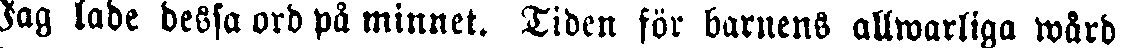
Jag lade dessa ord på minnet. Tiden för barnens allwarliga wård